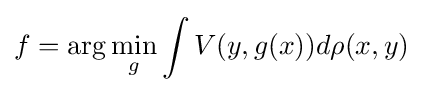
f=\arg \min _{g}\int V(y,g(x))d\rho (x,y)